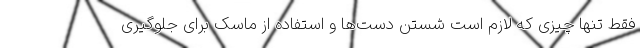
فقط تنها چیزی که لازم است شستن دست‌ها و استفاده از ماسک برای جلوگیری